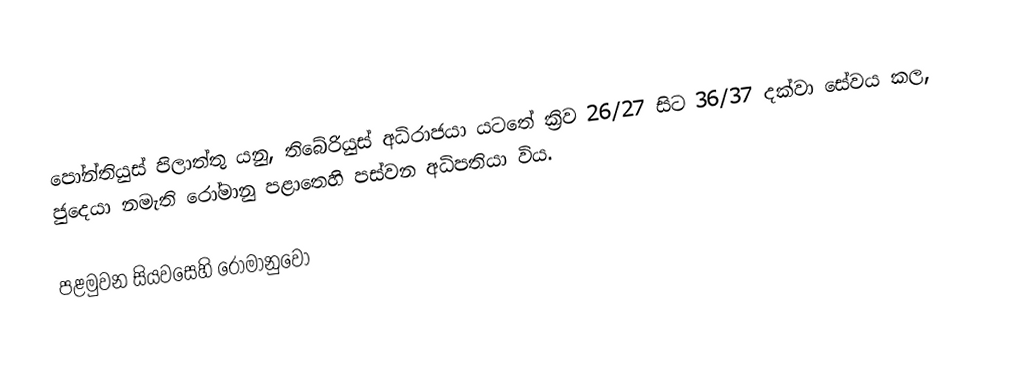
පෝන්තියුස් පිලාත්තු යනු, තිබේරියුස් අධිරාජයා යටතේ ක්‍රිව 26/27 සිට 36/37 දක්වා සේවය කල, ජුදෙයා නමැති රෝමානු පළාතෙහි පස්වන අධිපතියා විය.

පළමුවන සියවසෙහි රෝමානුවෝ